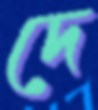
দে